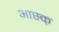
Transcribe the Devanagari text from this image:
आस्क्